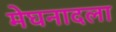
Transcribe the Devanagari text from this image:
मेघनादला